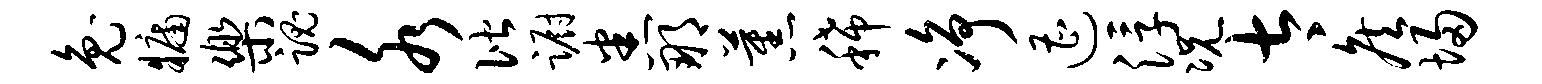
兔牖乐魂水偕蹰悉那蕉稀净遭浮况太侯埽